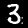
Digit: 3